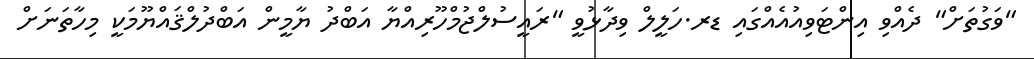
"ވަގުތަށް" ދެއްވި އިންޓަވިއުއެއްގައި ޑރ.ހަލީލް ވިދާޅުވީ "ރައީސުލްޖުމްހޫރިއްޔާ އަބްދު ޔާމީން އަބްދުލްޤައްޔޫމަކީ މިހާތަނަށް